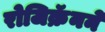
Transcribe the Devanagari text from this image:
रोजिक्रॅनने